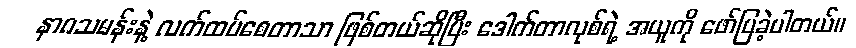
နာဂသမန်းနဲ့ လက်ထပ်စေတာသာ ဖြစ်တယ်ဆိုပြီး ဒေါက်တာလုစ်ရဲ့ အယူကို ဖော်ပြခဲ့ပါတယ်။